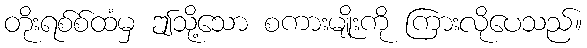
တိုးရစ်စ်ထံမှ ဤသို့သော စကားမျိုးကို ကြားလိုပေသည်။